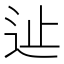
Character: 𨑭